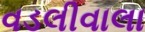
વડલીવાલા